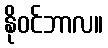
နိုဝင်ဘာလ။